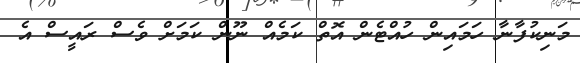
މަނިކުފާނާ ހަމައިން ހުއްޓެން އޮތް ކަމެއް ނޫން ކަމަށް ވެސް ރައީސް އެ